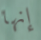
إنها